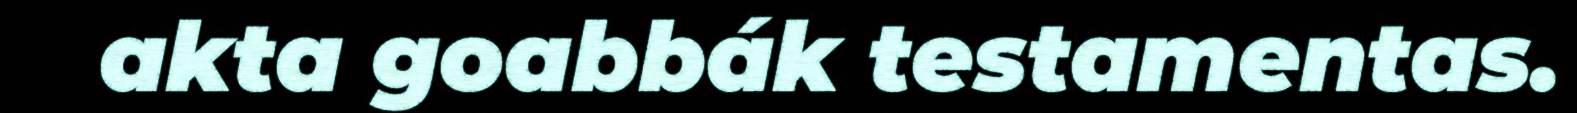
akta goabbák testamentas.